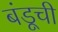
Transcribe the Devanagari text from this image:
बंडूची